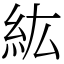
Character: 紘